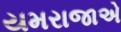
યમરાજાએ